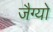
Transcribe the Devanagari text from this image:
जैग्यो